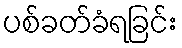
ပစ်ခတ်ခံရခြင်း